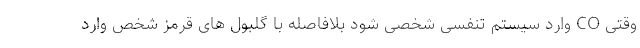
وقتی CO وارد سیستم تنفسی شخصی شود بلافاصله با گلبول های قرمز شخص وارد